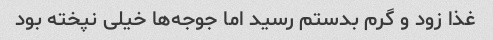
غذا زود و گرم بدستم رسید اما جوجه‌ها خیلی نپخته بود